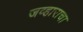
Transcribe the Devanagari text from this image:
जव्हाराचा